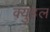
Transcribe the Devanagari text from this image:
क्युहल